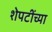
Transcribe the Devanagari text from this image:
शेपटींच्या